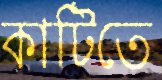
কাটিতে